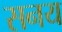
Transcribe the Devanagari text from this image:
सनय